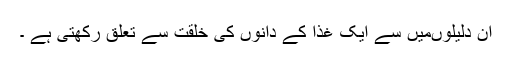
ان دلیلوںمیں سے ایک غذا کے دانوں کی خلقت سے تعلق رکھتی ہے ۔